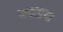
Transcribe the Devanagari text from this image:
मक़्ताया